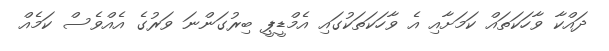
ދައްކާ ވާހަކަތައް ކަމަށާއި އެ ވާހަކަތަކުގައި އެމްޑީޕީ ބިރުގަންނަ ވަރުގެ އެއްވެސް ކަމެއް